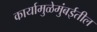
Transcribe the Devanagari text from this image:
कार्यामुळेमुंबईतील